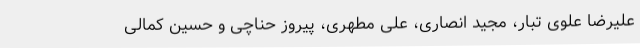
علیرضا علوی تبار، مجید انصاری، علی مطهری، پیروز حناچی و حسین کمالی